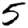
Digit: 5